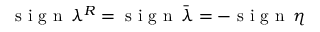
\textrm { s i g n } \, \lambda ^ { R } = \textrm { s i g n } \, \bar { \lambda } = - \textrm { s i g n } \, \eta